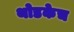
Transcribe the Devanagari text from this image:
थोडकेच